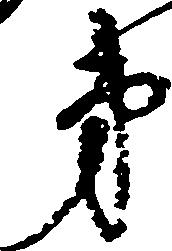
第